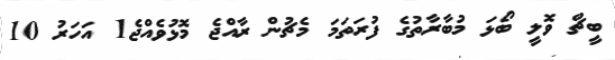
ބީޗް ވޮލީ ބޯޅަ މުބާރާތުގެ ފުރަތަމަ މެޗުން ރާއްޖެ މޮޅުވެއްޖެ1 އަހަރު 10